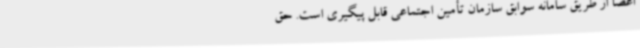
اعضا از طریق سامانه سوابق سازمان تأمین اجتماعی قابل پیگیری است. حق